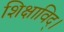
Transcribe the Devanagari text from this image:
शिक्षाविद्।